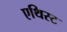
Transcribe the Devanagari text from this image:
एथिस्ट